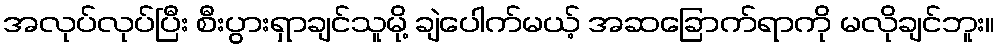
အလုပ်လုပ်ပြီး စီးပွားရှာချင်သူမို့ ချဲပေါက်မယ့် အဆခြောက်ရာကို မလိုချင်ဘူး။